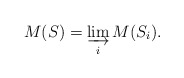
\begin{align*}M(S) = \varinjlim_i M(S_i).\end{align*}